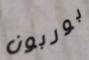
بوربون